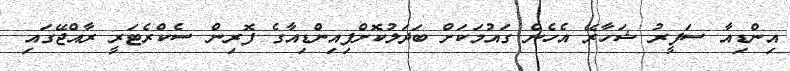
އިންޑިއާ ސަފީރު ޝަހާރޭ އެހެން ގައުމަކަށް ބަދަލުކޮށްފިއިންޑިއާގެ ފޮރިން ސެކްރެޓަރީ ރާއްޖޭގައި